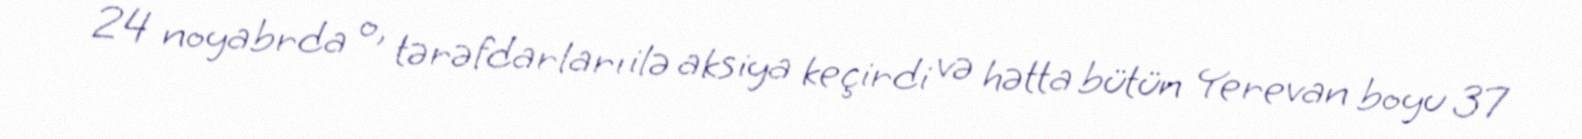
24 noyabrda o, tərəfdarları ilə aksiya keçirdi və hətta bütün Yerevan boyu 37